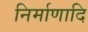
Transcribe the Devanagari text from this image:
निर्माणादि